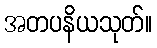
အတပနိယသုတ်။